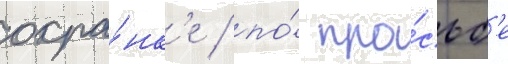
охра́нк'е / по́ про́сьб'е